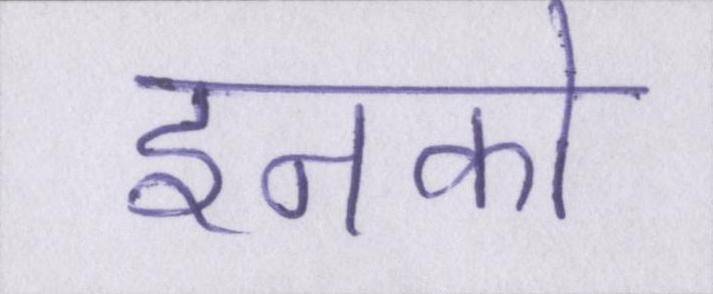
इनको